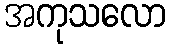
အကုသလော